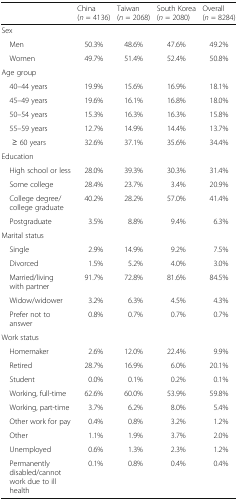
|  | China (n = 4136) | Taiwan (n = 2068) | South Korea (n = 2080) | Overall (n = 8284) |
 | --- | --- | --- | --- | --- |
 | <COLSPAN=5> Sex |
 | Men | 50.3% | 48.6% | 47.6% | 49.2% |
 | Women | 49.7% | 51.4% | 52.4% | 50.8% |
 | <COLSPAN=5> Age group |
 | 40–44 years | 19.9% | 15.6% | 16.9% | 18.1% |
 | 45–49 years | 19.6% | 16.1% | 16.8% | 18.0% |
 | 50–54 years | 15.3% | 16.3% | 16.3% | 15.8% |
 | 55–59 years | 12.7% | 14.9% | 14.4% | 13.7% |
 | ≥ 60 years | 32.6% | 37.1% | 35.6% | 34.4% |
 | <COLSPAN=5> Education |
 | High school or less | 28.0% | 39.3% | 30.3% | 31.4% |
 | Some college | 28.4% | 23.7% | 3.4% | 20.9% |
 | College degree/college graduate | 40.2% | 28.2% | 57.0% | 41.4% |
 | Postgraduate | 3.5% | 8.8% | 9.4% | 6.3% |
 | <COLSPAN=5> Marital status |
 | Single | 2.9% | 14.9% | 9.2% | 7.5% |
 | Divorced | 1.5% | 5.2% | 4.0% | 3.0% |
 | Married/living with partner | 91.7% | 72.8% | 81.6% | 84.5% |
 | Widow/widower | 3.2% | 6.3% | 4.5% | 4.3% |
 | Prefer not to answer | 0.8% | 0.7% | 0.7% | 0.7% |
 | <COLSPAN=5> Work status |
 | Homemaker | 2.6% | 12.0% | 22.4% | 9.9% |
 | Retired | 28.7% | 16.9% | 6.0% | 20.1% |
 | Student | 0.0% | 0.1% | 0.2% | 0.1% |
 | Working, full-time | 62.6% | 60.0% | 53.9% | 59.8% |
 | Working, part-time | 3.7% | 6.2% | 8.0% | 5.4% |
 | Other work for pay | 0.4% | 0.8% | 3.2% | 1.2% |
 | Other | 1.1% | 1.9% | 3.7% | 2.0% |
 | Unemployed | 0.6% | 1.3% | 2.3% | 1.2% |
 | Permanently disabled/cannot work due to ill health | 0.1% | 0.8% | 0.4% | 0.4% |